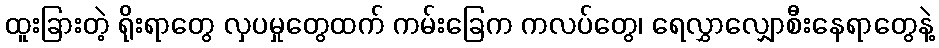
ထူးခြားတဲ့ ရိုးရာတွေ လှပမှုတွေထက် ကမ်းခြေက ကလပ်တွေ၊ ရေလွှာလျှောစီးနေရာတွေနဲ့